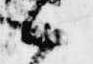
候